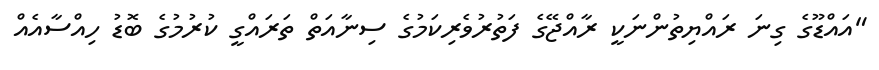
"އައްޑޫގެ ގިނަ ރައްޔިތުންނަކީ ރާއްޖޭގެ ފަތުރުވެރިކަމުގެ ސިނާއަތް ތަރައްގީ ކުރުމުގެ ބޮޑު ހިއްސާއެއް